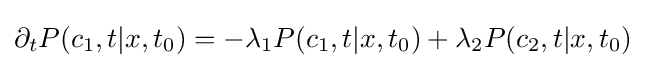
\partial _{t}P(c_{1},t|x,t_{0})=-\lambda _{1}P(c_{1},t|x,t_{0})+\lambda _{2}P(c_{2},t|x,t_{0})